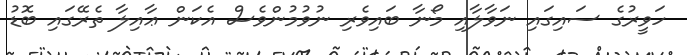
ހަވީރުގެ ސައިގައި ނަވާލާއި މޯނާ ބައިވެރި ނުވުމުންވެސް އެކަން ޢާއިލާ ތެރޭގައި ބޮޑު